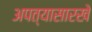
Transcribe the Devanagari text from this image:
अपत्यासारखे